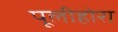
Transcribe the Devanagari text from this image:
पूलीहोरा